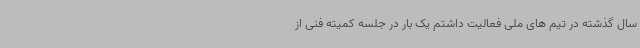
سال گذشته در تیم های ملی فعالیت داشتم یک بار در جلسه کمیته فنی از